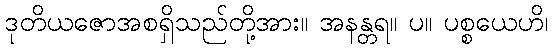
ဒုတိယဇောအစရှိသည်တို့အား။ အနန္တရ။ ပ။ ပစ္စယေဟိ၊